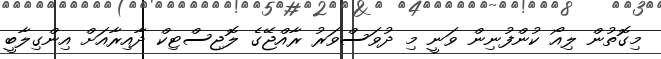
މިގޮތުން ލިއޯ ކުންފުނިން ވަނީ މި ދުވަސްވަރު ރާއްޖޭގެ ލޮޖިސްޓިކް ދާއިރާއަށް އިންގިލާބީ